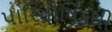
પારિતોષિકથી